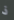
ذ